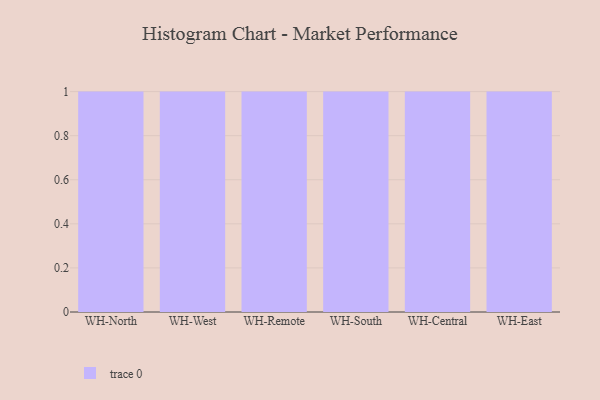
{"axis": {"x": "Warehouse", "y": "Customer Acquisition Cost (USD)"}, "legend": [""], "data": [{"x": "WH-North", "y": 80, "type": ""}, {"x": "WH-West", "y": 44, "type": ""}, {"x": "WH-Remote", "y": 57, "type": ""}, {"x": "WH-South", "y": 76, "type": ""}, {"x": "WH-Central", "y": 22, "type": ""}, {"x": "WH-East", "y": 98, "type": ""}]}